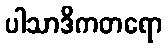
ပါသာဒိကတရော